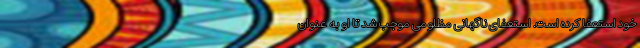
خود استعفا کرده است. استعفای ناگهانی مظلومی موجب شد تا او به عنوان